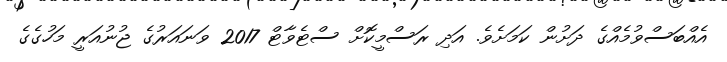
އެއްބަސްވުމެއްގެ ދަށުން ކަމަށެވެ. އަދި ރަސްމީކޮށް ސްޓެވާޓް 2017 ވަނައަރުގެ ޖުނުއަރީ މަހުގެގެ